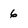
Character: 6